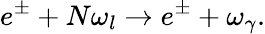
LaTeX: e^{\pm}+N\omega_{l}\rightarrow e^{\pm}+\omega_{\gamma}.